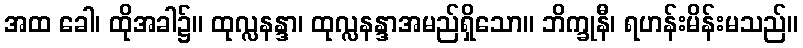
အထ ခေါ၊ ထိုအခါ၌။ ထုလ္လနန္ဒာ၊ ထုလ္လနန္ဒာအမည်ရှိသော။ ဘိက္ခုနီ၊ ရဟန်းမိန်းမသည်။